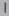
Text: 1